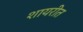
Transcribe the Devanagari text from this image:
शायरीत